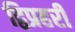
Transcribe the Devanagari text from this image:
द्विप्रहरी